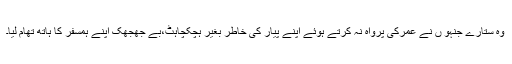
وہ ستارے جنہو ں نے عمرکی پرواہ نہ کرتے ہوئے اپنے پیار کی خاطر بغیر ہچکچاہٹ،بے جھجھک اپنے ہمسفر کا ہاتھ تھام لیا۔